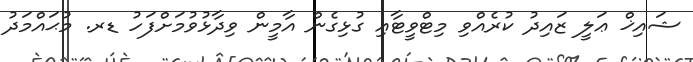
ޝައިޚް ޢަލީ ޒައިދު ކުރެއްވި މިޓްވީޓާއި ގުޅިގެން އާމީން ވިދާޅުވުމަށްފަހު ޑރ. މުޙައްމަދު